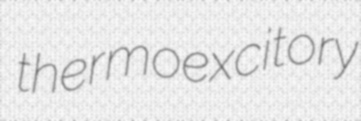
thermoexcitory